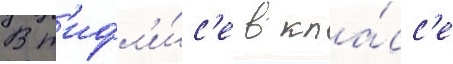
В т'ифл'и́с'е в кла́сс'е